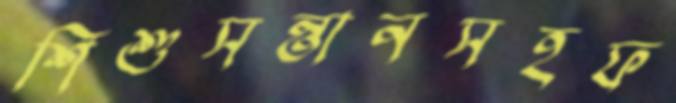
শিশুসন্তানসহফ